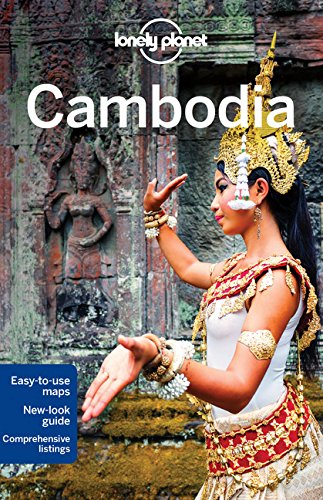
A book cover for Lonely Planet Cambodia (Travel Guide); Lonely Planet; Travel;